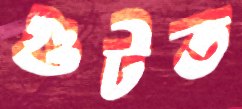
গুটত